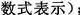
数式表示)；